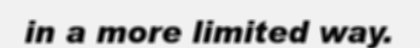
in a more limited way.